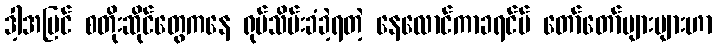
ဒါ့အပြင် စတိုးဆိုင်တွေကနေ ရုပ်သိမ်းခံခဲ့ရတဲ့ နေလောင်ကာခရင်မ် တော်တော်များများဟာ